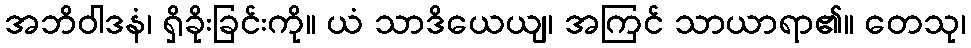
အဘိဝါဒနံ၊ ရှိခိုးခြင်းကို။ ယံ သာဒိယေယျ၊ အကြင် သာယာရာ၏။ တေသု၊